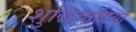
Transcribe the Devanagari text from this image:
शुद्धिवादियों